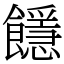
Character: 䭡